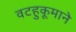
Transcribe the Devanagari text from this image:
वटहुकूमाने